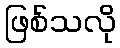
ဖြစ်သလို